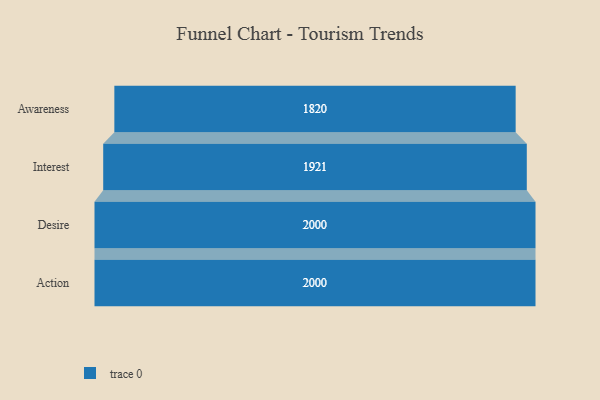
{"axis": {"x": "Stage", "y": "Value"}, "legend": [""], "data": [{"x": "Awareness", "y": 1820.0, "type": ""}, {"x": "Interest", "y": 1921.0, "type": ""}, {"x": "Desire", "y": 2000, "type": ""}, {"x": "Action", "y": 2000, "type": ""}]}